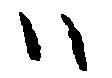
ハ